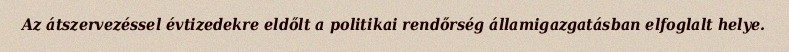
Az átszervezéssel évtizedekre eldőlt a politikai rendőrség államigazgatásban elfoglalt helye.